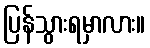
ပြန်သွားရမှာလား။